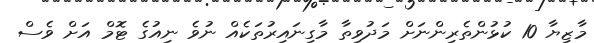
މާޒިޔާ 10 ކުޅުންތެރިންނަށް މަދުވިތާ މާގިނައިރުތަކެއް ނުވެ ނިއުގެ ޓޮމް އަށް ވެސް